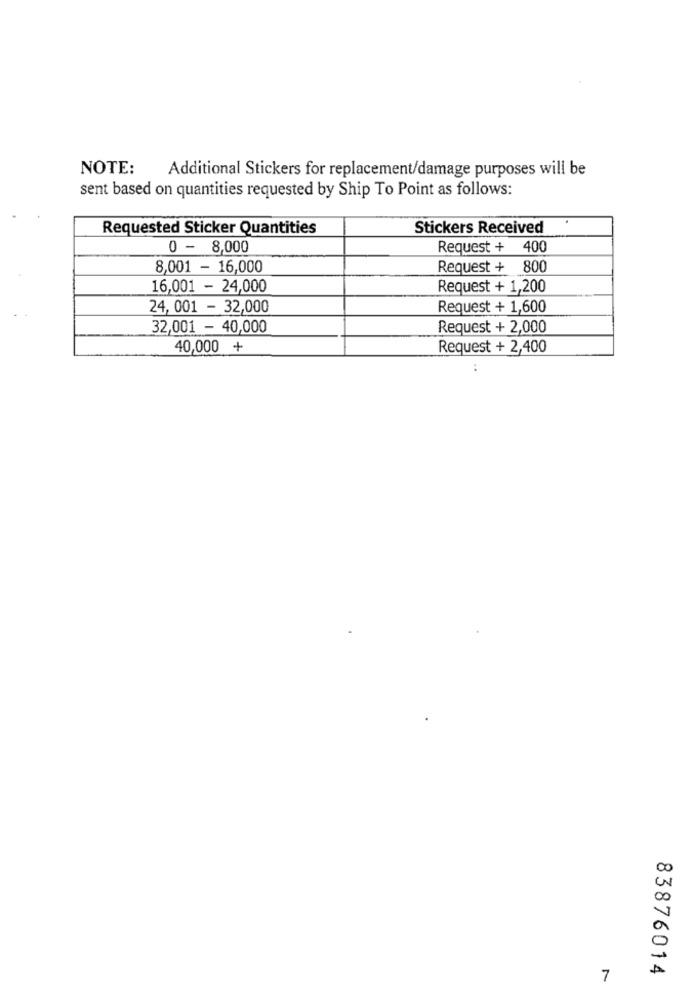
NOTE:
Additional Stickers for replacement/damage purposes will be
sent based on quantities requested by Ship To Point as follows:
Requested Sticker Quantities
Stickers Received
0 - 8,000
Request + 400
8,001 - 16,000
Request + 800
16,001 - 24,000
Request + 1,200
24, 001 - 32,000
Request + 1,600
32,001 - 40,000
Request + 2,000
40,000 +
Request + 2,400
..
83876014
7